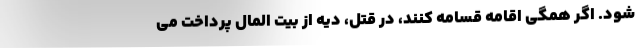
شود. اگر همگی اقامه قسامه کنند، در قتل، دیه از بیت المال پرداخت می